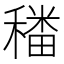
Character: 𮃪